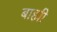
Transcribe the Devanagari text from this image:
बाह्मी